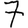
Digit: 7